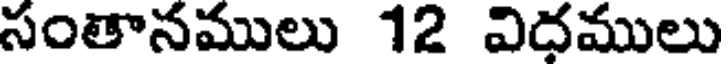
సంతానములు 12 విదములు